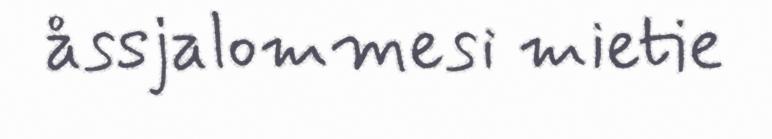
åssjalommesi mietie